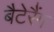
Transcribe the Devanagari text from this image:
बैटेरैंग